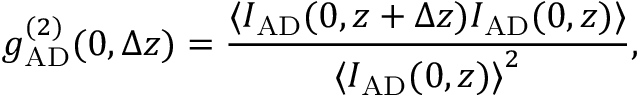
g _ { \mathrm { A D } } ^ { ( 2 ) } ( 0 , \Delta z ) = \frac { { \langle } I _ { \mathrm { A D } } ( 0 , z + \Delta z ) I _ { \mathrm { A D } } ( 0 , z ) { \rangle } } { { \langle } I _ { \mathrm { A D } } ( 0 , z ) { \rangle } ^ { 2 } } ,